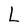
Character: L